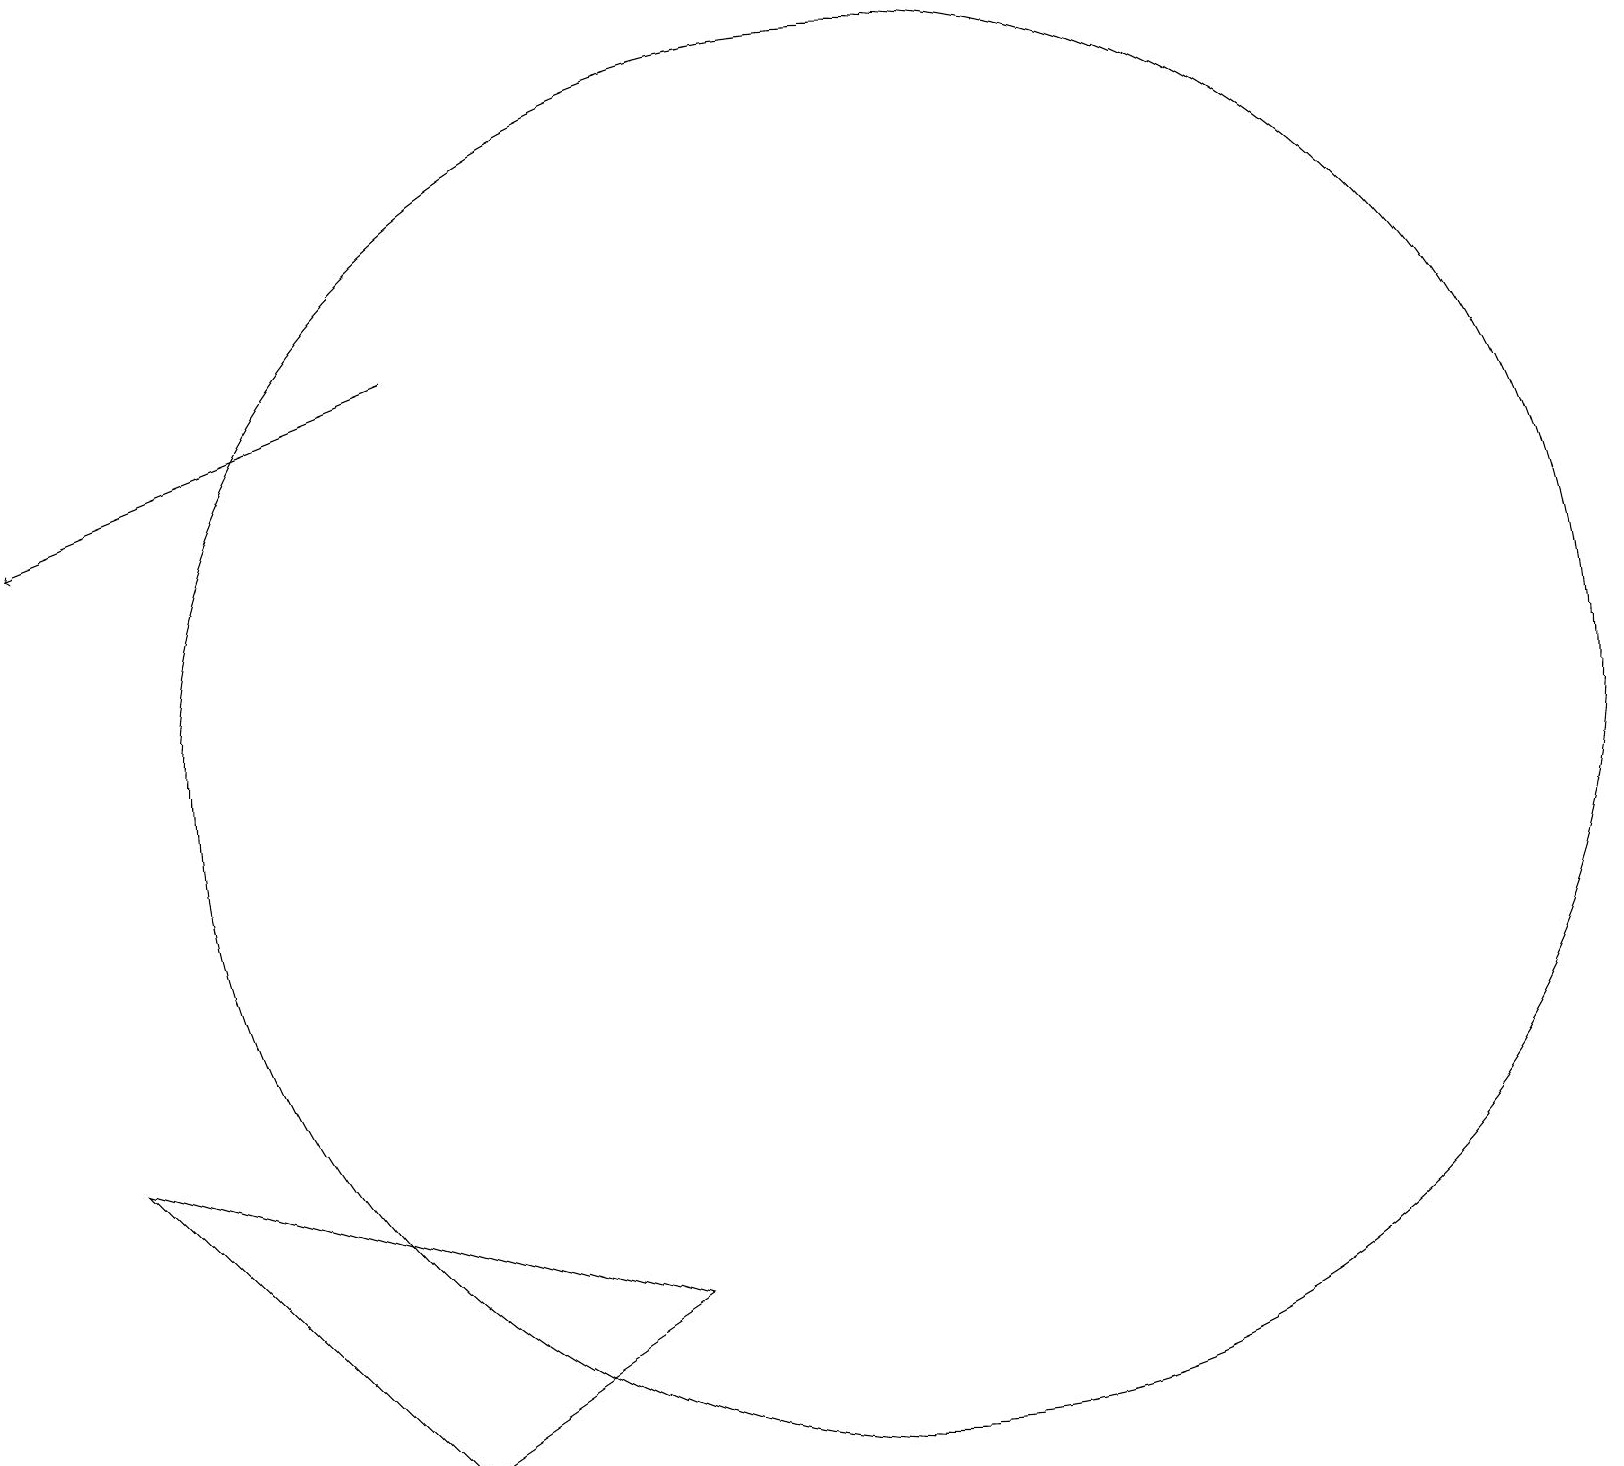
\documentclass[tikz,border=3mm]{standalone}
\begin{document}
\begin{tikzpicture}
\draw[->] (5,15) -- (0,13);
\draw (11,10) circle (9);
\draw (5,1) -- (1,5) -- (8,3) -- cycle;
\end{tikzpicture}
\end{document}